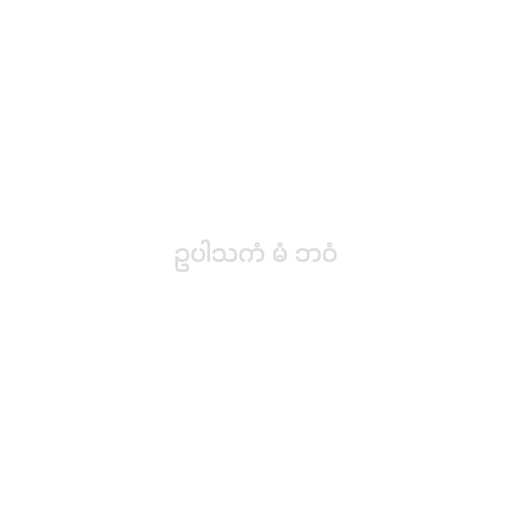
ဥပါသကံ မံ ဘဝံ